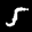
Label: 5